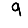
Digit: 9